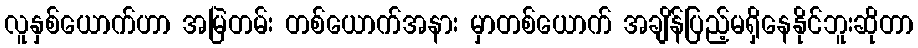
လူနှစ်ယောက်ဟာ အမြဲတမ်း တစ်ယောက်အနား မှာတစ်ယောက် အချိန်ပြည့်မရှိနေနိုင်ဘူးဆိုတာ